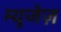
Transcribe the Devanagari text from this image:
म्यूजेज़